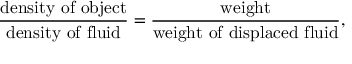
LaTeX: { \frac { \mathrm { d e n s i t y ~ o f ~ o b j e c t } } { \mathrm { d e n s i t y ~ o f ~ f l u i d } } } = { \frac { \mathrm { w e i g h t } } { \mathrm { w e i g h t ~ o f ~ d i s p l a c e d ~ f l u i d } } } ,